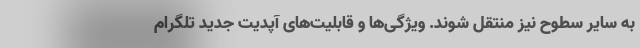
به سایر سطوح نیز منتقل شوند. ویژگی‌ها و قابلیت‌های آپدیت جدید تلگرام